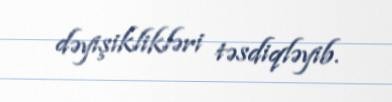
dəyişiklikləri təsdiqləyib.